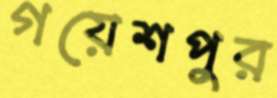
গয়েশপুর